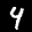
Label: 4